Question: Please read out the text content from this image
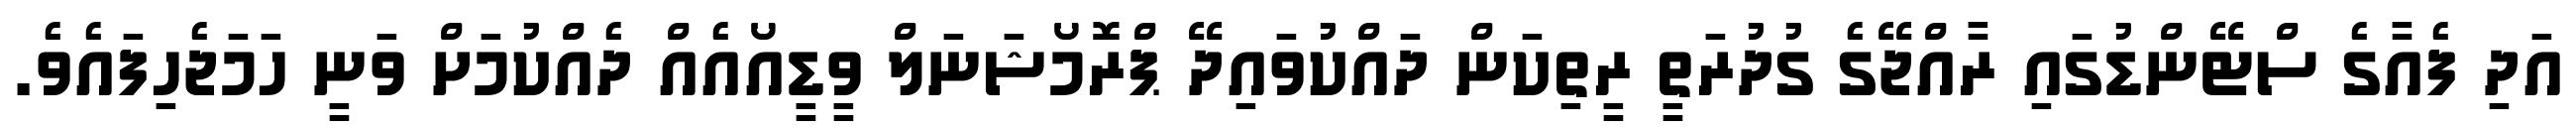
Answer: އަދި ފެއާގެ ސްޓޭންޑުގައި ރާއްޖޭގެ ގުދުރަތީ ރީތިކަން ދައްކުވައިދޭ ޕްރޮމޯޝަނަލް ވީޑީއޯއެއް ދެއްކުމަށް ވަނީ ހަމަޖެހިފައެވެ.